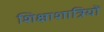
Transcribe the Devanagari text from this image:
शिक्षाशात्रियों